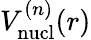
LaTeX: V_{\mathrm{nucl}}^{(n)}(r)